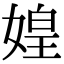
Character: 媓